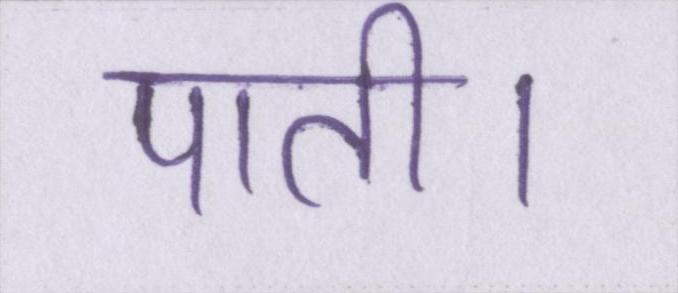
पाती।